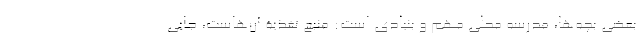
بعضی بچه‌ها، مدرسه محلی مهم و بنیادی است: منبع تغذیۀ آن‌هاست، جایی